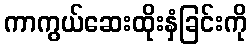
ကာကွယ်ဆေးထိုးနှံခြင်းကို